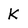
Character: K